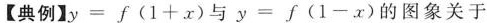
【典例】y=f(1+。x)与y=f(1-。x)的图象关于